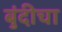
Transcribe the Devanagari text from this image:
बुंदीचा